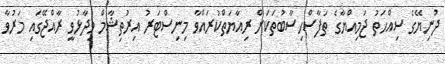
ދުނިޔޭގެ ސިއްހަތު ޖަމިއްޔާގެ ތަފާސްހިސާބުތަކަށް ރިއާޔަތްކުރައްވާ މިނިސްޓަރު އިރުތިޝާމް ވިދާޅުވީ ރާއްޖޭގައި މަރުވާ